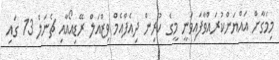
މިމަގާށް އައްޔަންކުރައްވާފައިވަނީ މީގެ ކުރިން ދިއެފްއެމް ވިޒްއަލް ރޭޑިއޯއާއި ޗެނަލް 13 ގައި